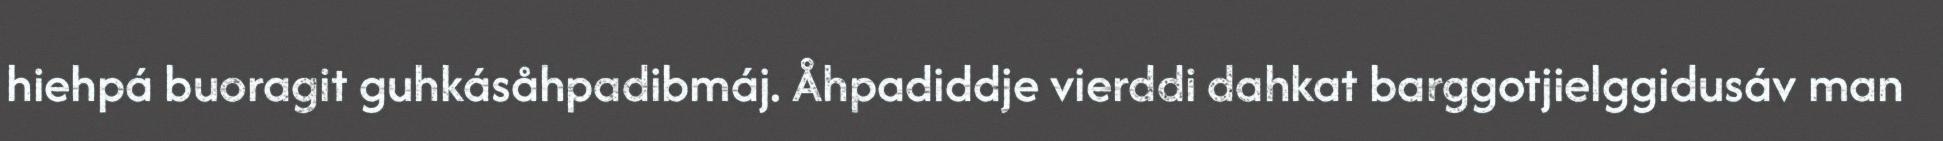
hiehpá buoragit guhkásåhpadibmáj. Åhpadiddje vierddi dahkat barggotjielggidusáv man